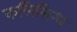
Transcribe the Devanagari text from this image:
कलिसिन्ध